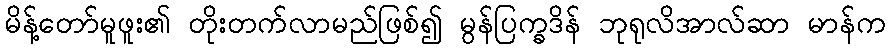
မိန့်တော်မူဖူး၏ တိုးတက်လာမည်ဖြစ်၍ မွန်ပြက္ခဒိန် ဘုရုလိအာလ်ဆာ မာန်က